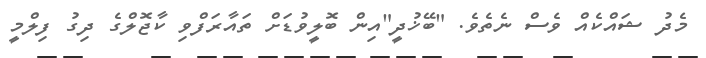
މެދު ޝައްކެއް ވެސް ނެތެވެ. "ބޭޚުދީ"އިން ބޮލީވުޑަށް ތައާރަފްވި ކާޖޮލްގެ ދިގު ފިލްމީ